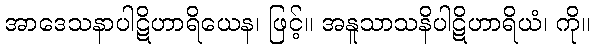
အာဒေသနာပါဋိဟာရိယေန၊ ဖြင့်။ အနူသာသနိပါဋိဟာရိယံ၊ ကို။